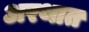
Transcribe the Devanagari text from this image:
अरथात